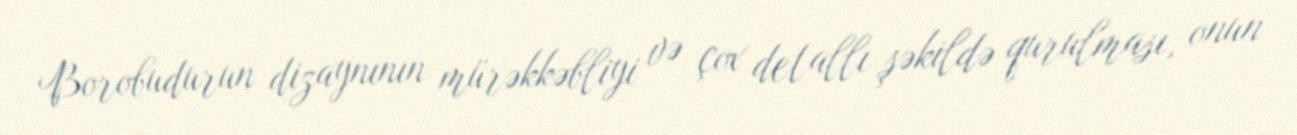
Borobudurun dizaynının mürəkkəbliyi və çox detallı şəkildə qurulması, onun